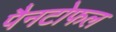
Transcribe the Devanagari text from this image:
पैनटोफल